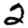
Digit: 2